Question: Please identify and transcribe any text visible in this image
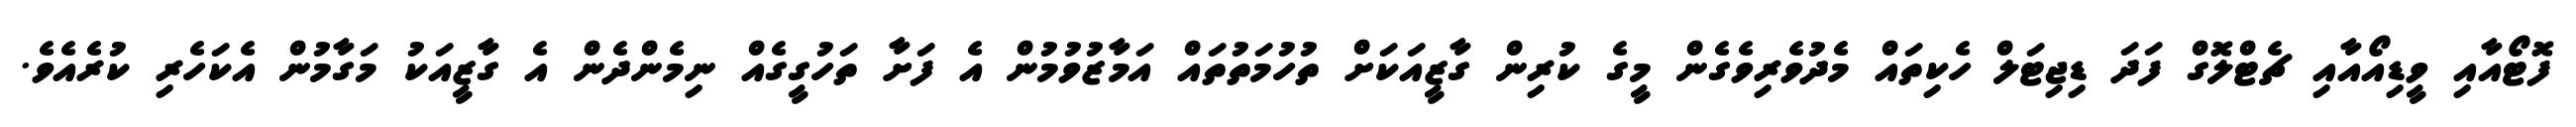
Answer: ފޮޓޯއާއި ވީޑިއޯއާއި ޗެޓްލޮގް ފަދަ ޑިޖިޓަލް ހެކިތައް މެދުވެރިވެގެން މީގެ ކުރިން ގާޒީއަކަށް ތުހުމަތުތައް އަމާޒުވުމުން އެ ފަށާ ތަހުގީގެއް ނިމެންދެން އެ ގާޒީއަކު މަގާމުން އެކަހެރި ކުރެއެވެ.